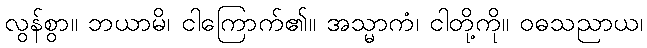
လွန်စွာ။ ဘယာမိ၊ ငါကြောက်၏။ အသ္မာကံ၊ ငါတို့ကို။ ဝဓသညာယ၊